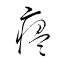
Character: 瘟